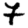
Digit: 7